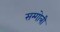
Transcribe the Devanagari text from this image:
सम्गोत्री